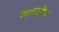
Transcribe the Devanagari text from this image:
जाकारिया